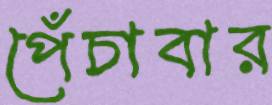
পেঁচাবার